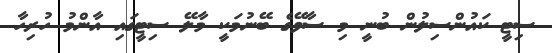
ސިޓީ ކައުންސިލުން ބުނީ މި ސާވޭގެ ބޭނުމަކީ މާލޭ ސިޓީގައި އާންމު ހުރިހާ